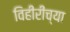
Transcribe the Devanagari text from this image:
विहीरींच्या